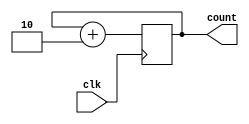
`timescale 1ns / 1ps
module odd_counter(
    input clk,
    output reg [7:0] count
);
  initial 
    count = 1'b1;
  always @ (posedge clk) begin
    count <= count + 2'b10;
  end
endmodule